Report on sanitation, dispensaries, and jails in Rajputana for 1920, and on vaccination for the year 1920-1921 - 1920-1921
Year: 1920
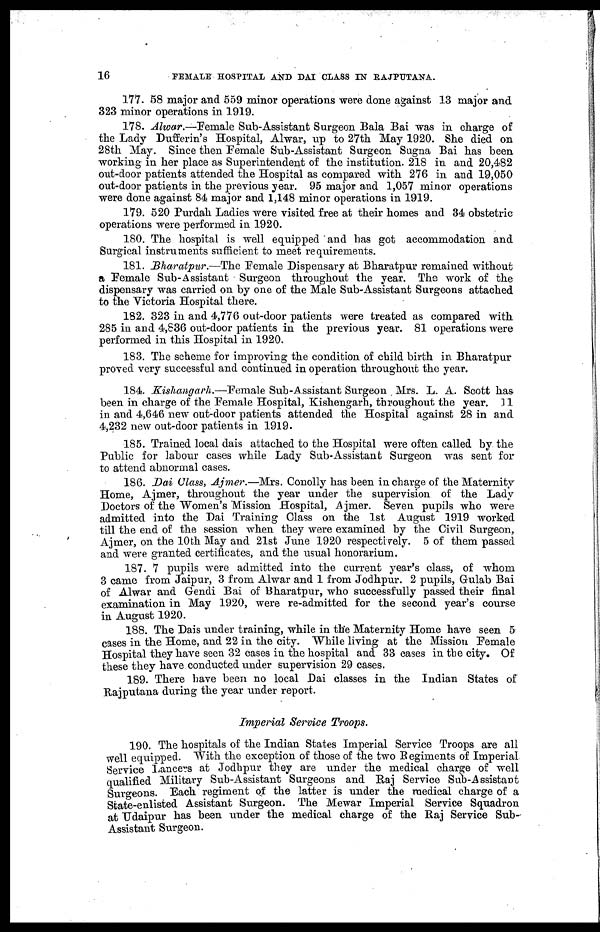
16
FEMALE HOSPITAL AND DAI CLASS IN RAJPUTANA.
177. 58 major and 559 minor operations were done against 13 major and
323 minor operations in 1919.
178. Alwar.—Female Sub-Assistant Surgeon Bala Bai was in charge of
the Lady Dufferin's Hospital, Alwar, up to 27th May 1920. She died on
28th May. Since then Female Sub-Assistant Surgeon Sugna Bai has been
working in her place as Superintendent of the institution. 218 in and 20,482
out-door patients attended the Hospital as compared with 276 in and 19,050
out-door patients in the previous year. 95 major and 1,057 minor operations
were done against 84 major and 1,148 minor operations in 1919.
179. 520 Purdah Ladies were visited free at their homes and 34 obstetric
operations were performed in 1920.
180. The hospital is well equipped and has got accommodation and
Surgical instruments sufficient to meet requirements.
181. Bharatpur.—The Female Dispensary at Bharatpur remained without
a Female Sub-Assistant Surgeon throughout the year. The work of the
dispensary was carried on by one of the Male Sub-Assistant Surgeons attached
to the Victoria Hospital there.
182. 323 in and 4,776 out-door patients were treated as compared with
285 in and 4,836 out-door patients in the previous year. 81 operations were
performed in this Hospital in 1920.
183. The scheme for improving the condition of child birth in Bharatpur
proved very successful and continued in operation throughout the year.
184. Kishangarh.—Female Sub-Assistant Surgeon Mrs. L. A. Scott has
been in charge of the Female Hospital, Kishengarh, throughout the year. 11
in and 4,646 new out-door patients attended the Hospital against 28 in and
4,232 new out-door patients in 1919.
185. Trained local dais attached to the Hospital were often called by the
Public for labour cases while Lady Sub-Assistant Surgeon was sent for
to attend abnormal cases.
186. Dai Class, Ajmer.—Mrs. Conolly has been in charge of the Maternity
Home, Ajmer, throughout the year under the supervision of the Lady
Doctors of the Women's Mission Hospital, Ajmer. Seven pupils who were
admitted into the Dai Training Class on the 1st August 1919 worked
till the end of the session when they were examined by the Civil Surgeon,
Ajmer, on the 10th May and 21st June 1920 respectively. 5 of them passed
and were granted certificates, and the usual honorarium.
187. 7 pupils were admitted into the current year's class, of whom
3 came from Jaipur, 3 from Alwar and 1 from Jodhpur. 2 pupils, Gulab Bai
of Alwar and Gendi Bai of Bharatpur, who successfully passed their final
examination in May 1920, were re-admitted for the second year's course
in August 1920.
188. The Dais under training, while in the Maternity Home have seen 5
cases in the Home, and 22 in the city. While living at the Mission Female
Hospital they have seen 32 cases in the hospital and 33 cases in the city. Of
these they have conducted under supervision 29 cases.
189. There have been no local Dai classes in the Indian States of
Rajputana during the year under report.
Imperial Service Troops.
190. The hospitals of the Indian States Imperial Service Troops are all
well equipped. With the exception of those of the two Regiments of Imperial
Service Lancers at Jodhpur they are under the medical charge of well
qualified Military Sub-Assistant Surgeons and Raj Service Sub-Assistant
Surgeons. Each regiment of the latter is under the medical charge of a
State-enlisted Assistant Surgeon. The Mewar Imperial Service Squadron
at Udaipur has been under the medical charge of the Raj Service Sub-
Assistant Surgeon.